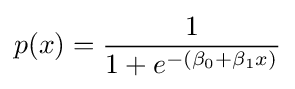
p(x)={\frac {1}{1+e^{-(\beta _{0}+\beta _{1}x)}}}